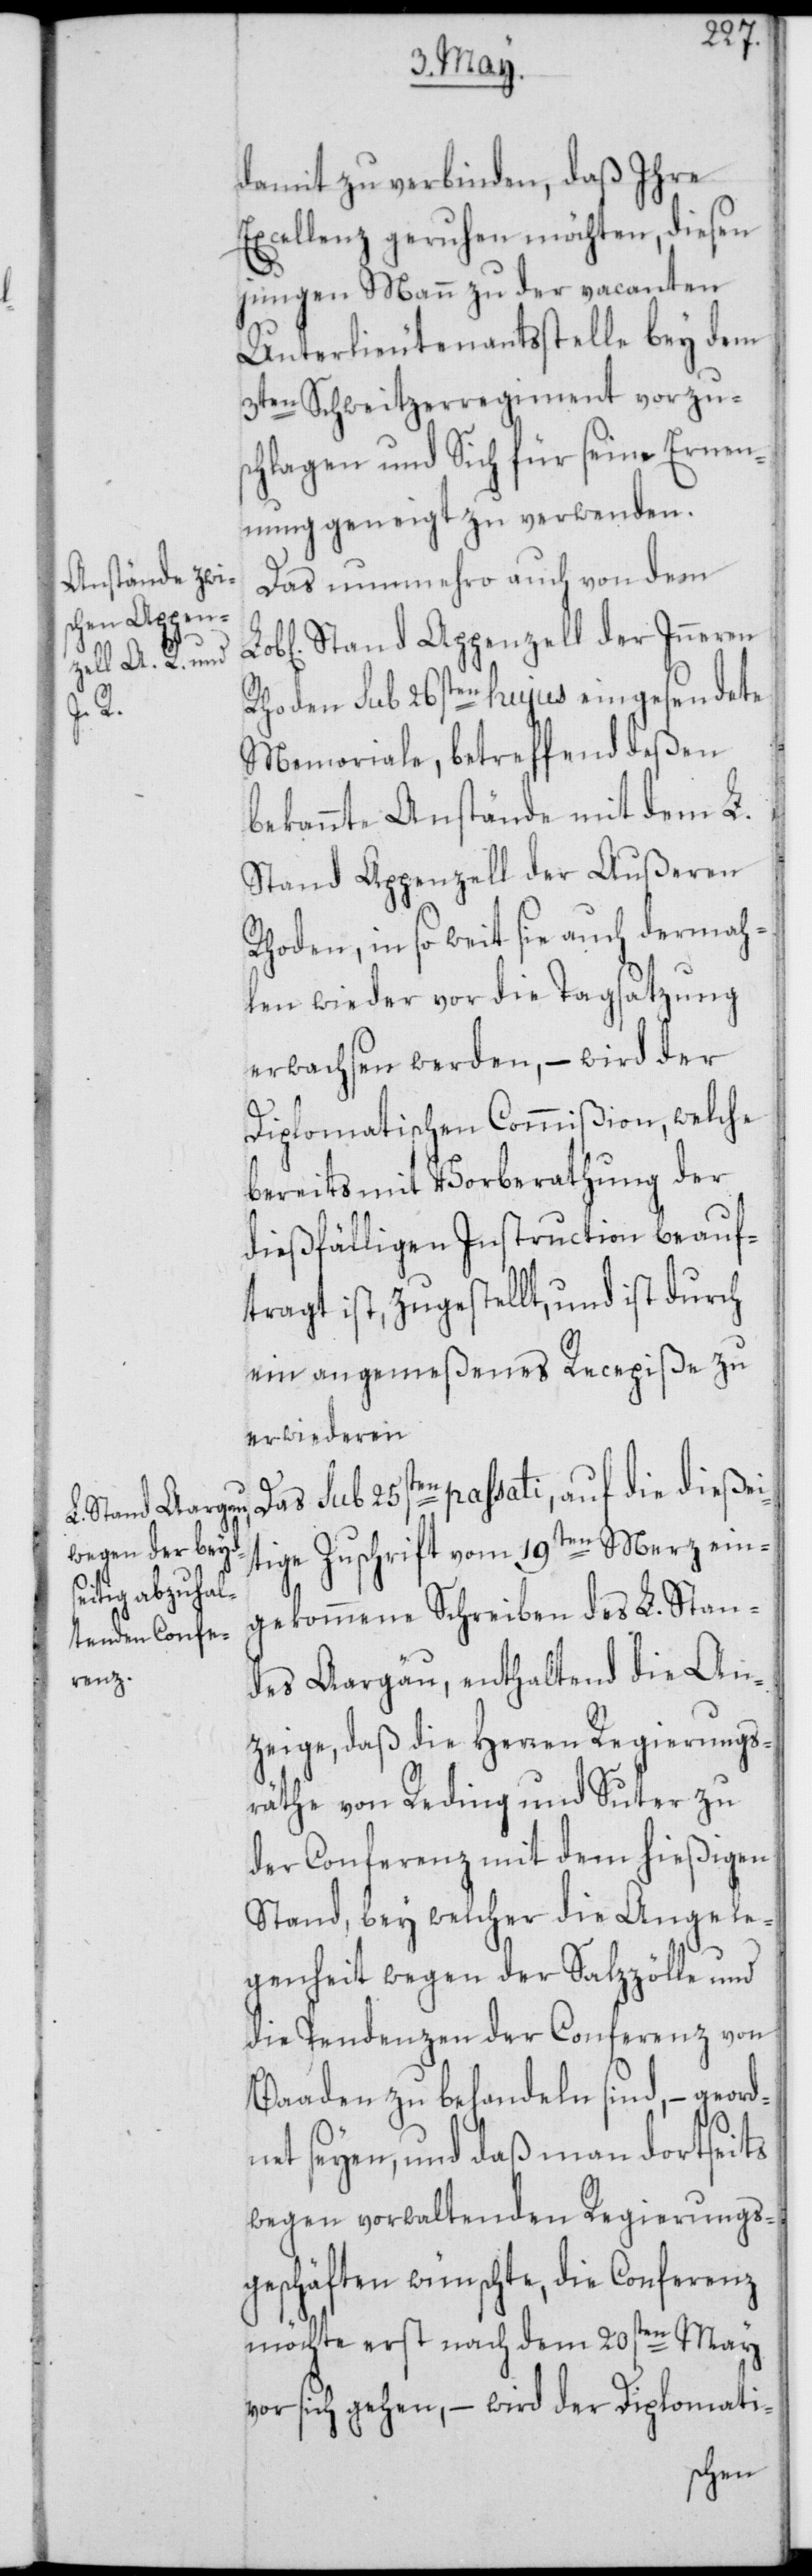
damit zu verbinden, daß Ihre
Excellenz geruhen möchten, diesen
jungen Mann zu der vacanten
Unterlieutenantsstelle bey dem
3ten Schweitzerregiment vorzus¬
chlagen und Sich für seine Ernen¬
nung geneigt zu verwenden.
Das nunmehro auch von dem
Rhoden sub 26sten hujus eingesendete
Memoriale, betreffend deßen
bekannte Anstände mit dem L.
Stand Appenzell der Außeren
Rhoden, in so weit sie auch dermah¬
len wieder vor die Tagsatzung
erwachsen werden, – wird der
Diplomatischen Commißion, welche
bereits mit Vorberathung der
dießfälligen Instruction beauf¬
tragt ist, zugestellt, und ist durch
ein angemeßenes Recepiße zu
erwiederen.
Das sub 25sten passati, auf die dießei¬
tige Zuschrift vom 19ten Merz ein¬
gekommene Schreiben des L. Stan¬
des Aargäu, enthaltend die An¬
zeige, daß die Herren Regierungs¬
räthe von Reding und Suter zu
der Conferenz mit dem hießigen
Stand, bey welcher die Angele¬
genheit wegen der Salzzölle und
die Pendenzen der Conferenz von
Baaden zu behandeln sind, – geord¬
net seyen, und daß man dortseits
wegen vorwaltenden Regierungs¬
geschäften wünschte, die Conferenz
möchte erst nach dem 20sten May
vor sich gehen, – wird der Diplomati-